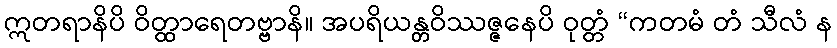
ဣတရာနိပိ ဝိတ္ထာရေတဗ္ဗာနိ။ အပရိယန္တဝိဿဇ္ဇနေပိ ဝုတ္တံ “ကတမံ တံ သီလံ န